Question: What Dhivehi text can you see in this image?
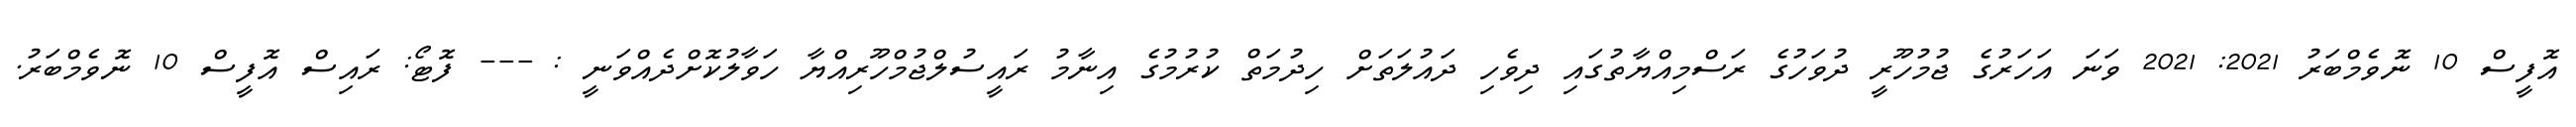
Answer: އޮފީސް 10 ނޮވެމްބަރު 2021: 2021 ވަނަ އަހަރުގެ ޖުމުހޫރީ ދުވަހުގެ ރަސްމިއްޔާތުގައި ދިވެހި ދައުލަތަށް ހިދުމަތް ކުރުމުގެ އިނާމު ރައީސުލްޖުމްހޫރިއްޔާ ހަވާލުކޮށްދެއްވަނީ : --- ފޮޓޯ: ރައިސް އޮފީސް 10 ނޮވެމްބަރު.